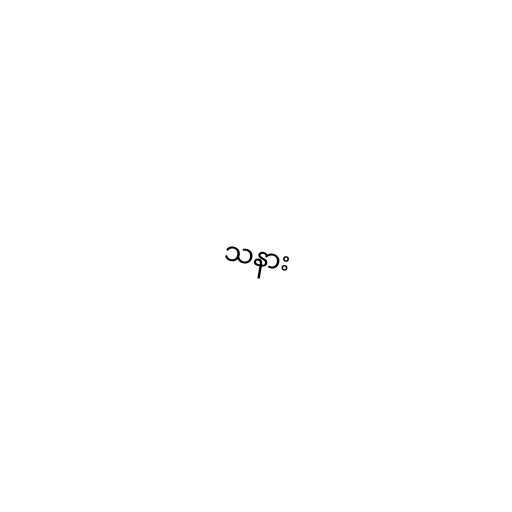
သနား